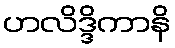
ဟလိဒ္ဒိကာနိ